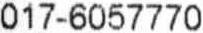
017-6057770